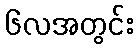
၆လအတွင်း